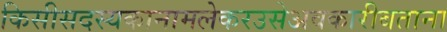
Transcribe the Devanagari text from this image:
किसीसदस्यकानामलेकरउसेअवकारीबताना